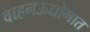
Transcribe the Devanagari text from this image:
वाहनऊद्योगात